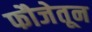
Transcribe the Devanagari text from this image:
फौजेतून